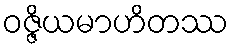
ဝဇ္ဇိယမာဟိတဿ